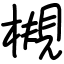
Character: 槻